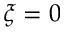
\xi = 0